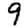
Digit: 9